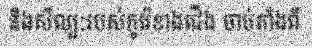
និងសិល្បៈរបស់កូរ៉េខាងជើង ចាប់តាំងពី